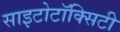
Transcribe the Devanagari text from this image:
साइटोटॉक्सिटी